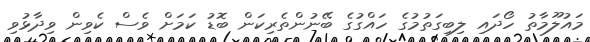
މައުލޫމާތު ހޯދައި ލިބިގަތުމުގެ ހައްގުގެ ބޭނުންތެރިކަން ބޮޑު ކަމަށް ވެސް ކެވިން ވިދާޅުވި